Indian journal of veterinary science and animal husbandry - Volumes 24-25, 1954-1955
Year: 1954
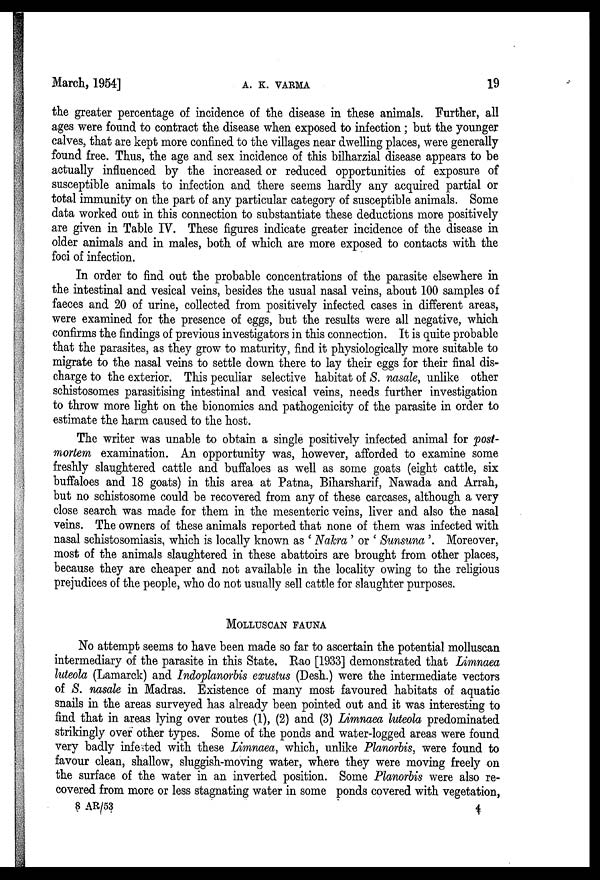
March, 1954]
A.
K.
VARMA
19
the greater percentage of incidence of the disease in these animals. Further, all
ages were found to contract the disease when exposed to infection; but the younger
calves, that are kept more confined to the villages near dwelling places, were generally
found free. Thus, the age and sex incidence of this bilharzial disease appears to be
actually influenced by the increased or reduced opportunities of exposure of
susceptible animals to infection and there seems hardly any acquired partial or
total immunity on the part of any particular category of susceptible animals. Some
data worked out in this connection to substantiate these deductions more positively
are given in Table IV. These figures indicate greater incidence of the disease in
older animals and in males, both of which are more exposed to contacts with the
foci of infection.
In order to find out the probable concentrations of the parasite elsewhere in
the intestinal and vesical veins, besides the usual nasal veins, about 100 samples of
faeces and 20 of urine, collected from positively infected cases in different areas,
were examined for the presence of eggs, but the results were all negative, which
confirms the findings of previous investigators in this connection. It is quite probable
that the parasites, as they grow to maturity, find it physiologically more suitable to
migrate to the nasal veins to settle down there to lay their eggs for their final dis-
charge to the exterior. This peculiar selective habitat of S. nasale, unlike other
schistosomes parasitising intestinal and vesical veins, needs further investigation
to throw more light on the bionomics and pathogenicity of the parasite in order to
estimate the harm caused to the host.
The writer was unable to obtain a single positively infected animal for post-
mortem examination. An opportunity was, however, afforded to examine some
freshly slaughtered cattle and buffaloes as well as some goats (eight cattle, six
buffaloes and 18 goats) in this area at Patna, Biharsharif, Nawada and Arrah,
but no schistosome could be recovered from any of these carcases, although a very
close search was made for them in the mesenteric veins, liver and also the nasal
veins. The owners of these animals reported that none of them was infected with
nasal schistosomiasis, which is locally known as 'Nakra' or 'Sunsuna'. Moreover,
most of the animals slaughtered in these abattoirs are brought from other places,
because they are cheaper and not available in the locality owing to the religious
prejudices of the people, who do not usually sell cattle for slaughter purposes.
MOLLUSCAN FAUNA
No attempt seems to have been made so far to ascertain the potential molluscan
intermediary of the parasite in this State. Rao [1933] demonstrated that Limnaea
luteola (Lamarck) and Indoplanorbis exustus (Desh.) were the intermediate vectors
of S. nasale in Madras. Existence of many most favoured habitats of aquatic
snails in the areas surveyed has already been pointed out and it was interesting to
find that in areas lying over routes (1), (2) and (3) Limnaea luteola predominated
strikingly over other types. Some of the ponds and water-logged areas were found
very badly infested with these Limnaea, which, unlike Planorbis, were found to
favour clean, shallow, sluggish-moving water, where they were moving freely on
the surface of the water in an inverted position. Some Planorbis were also re-
covered from more or less stagnating water in some ponds covered with vegetation,
8 AR/53
4